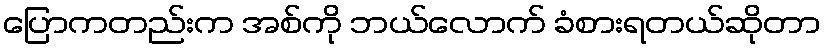
ပြောကတည်းက အစ်ကို ဘယ်လောက် ခံစားရတယ်ဆိုတာ